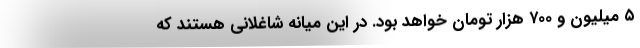
۵ میلیون و ۷۰۰ هزار تومان خواهد بود. در این میانه شاغلانی هستند که